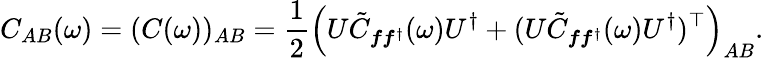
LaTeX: C_{AB}(\omega)=(C(\omega))_{AB}=\frac{1}{2}\left(U\tilde{C}_{\boldsymbol{f}\boldsymbol{f}^{\dagger}}(\omega)U^{\dagger}+(U\tilde{C}_{\boldsymbol{f}\boldsymbol{f}^{\dagger}}(\omega)U^{\dagger})^{\top}\right)_{AB}.